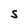
Character: S